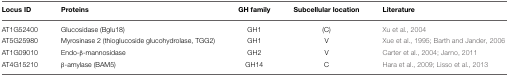
| Locus ID | Proteins | GH family | Subcellular location | Literature |
 | --- | --- | --- | --- | --- |
 | AT1G52400 | Glucosidase (Bglu18) | GH1 | (C) | Xu et al., 2004 |
 | AT5G25980 | Myrosinase 2 (thioglucoside glucohydrolase, TGG2) | GH1 | V | Xue et al., 1995; Barth and Jander, 2006 |
 | AT1G09010 | Endo-β-mannosidase | GH2 | V | Carter et al., 2004; Jarno, 2011 |
 | AT4G15210 | β-amylase (BAM5) | GH14 | C | Hara et al., 2009; Lisso et al., 2013 |